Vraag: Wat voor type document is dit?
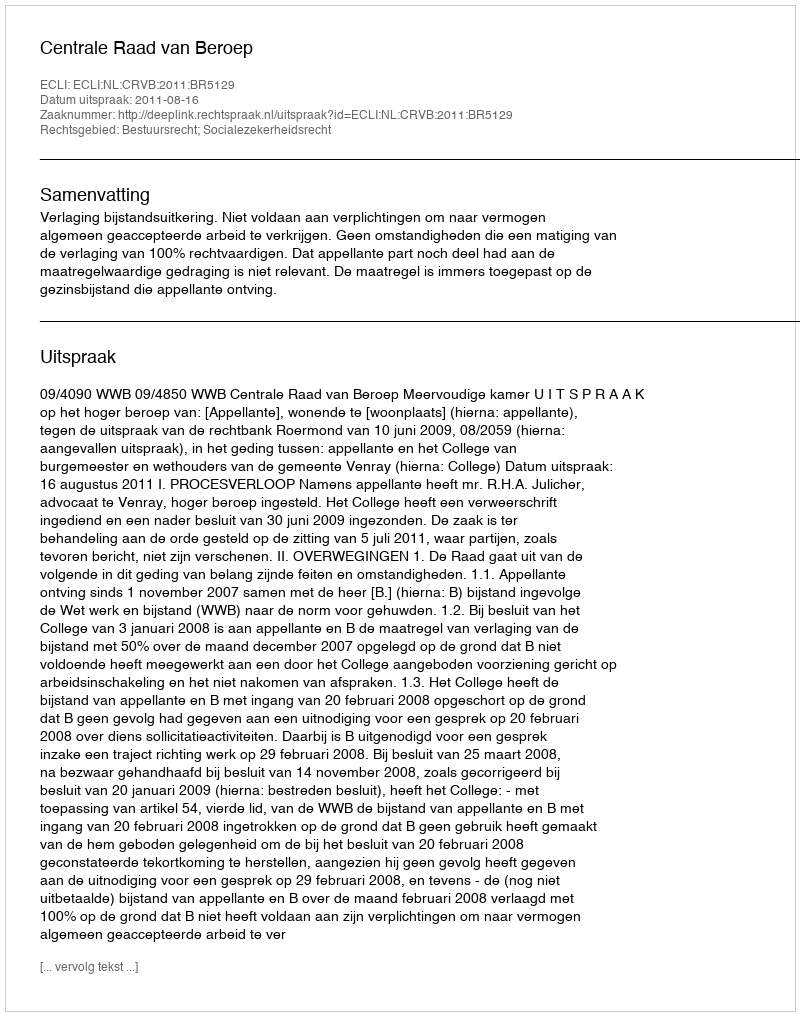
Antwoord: Uitspraak